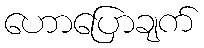
ဟောပြောချက်